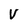
Character: V